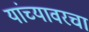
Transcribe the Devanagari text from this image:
यांच्यावरचा